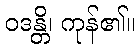
ဝဒန္တိ၊ ကုန်၏။